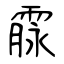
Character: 霡